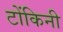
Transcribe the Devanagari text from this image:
टोंकिनी